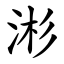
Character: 涁